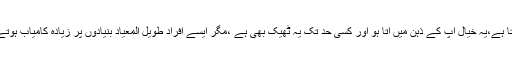
ہوسکتا ہے،یہ خیال آپ کے ذہن میں آتا ہو اور کسی حد تک یہ ٹھیک بھی ہے ،مگر ایسے افراد طویل المعیاد بنیادوں پر زیادہ کامیاب ہوتے ہیں۔